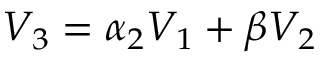
V _ { 3 } = \alpha _ { 2 } V _ { 1 } + \beta V _ { 2 }